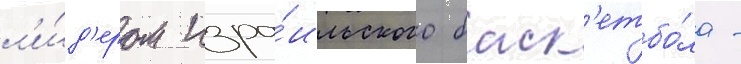
л'и́д'ером изра́ильского баск'етбо́ла -